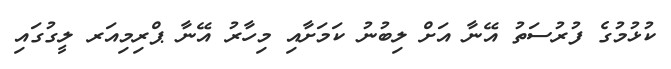
ކުޅުމުގެ ފުރުސަތު އޭނާ އަށް ލިބުނު ކަމަށާއި މިހާރު އޭނާ ޕްރިމިއަރ ލީގުގައި